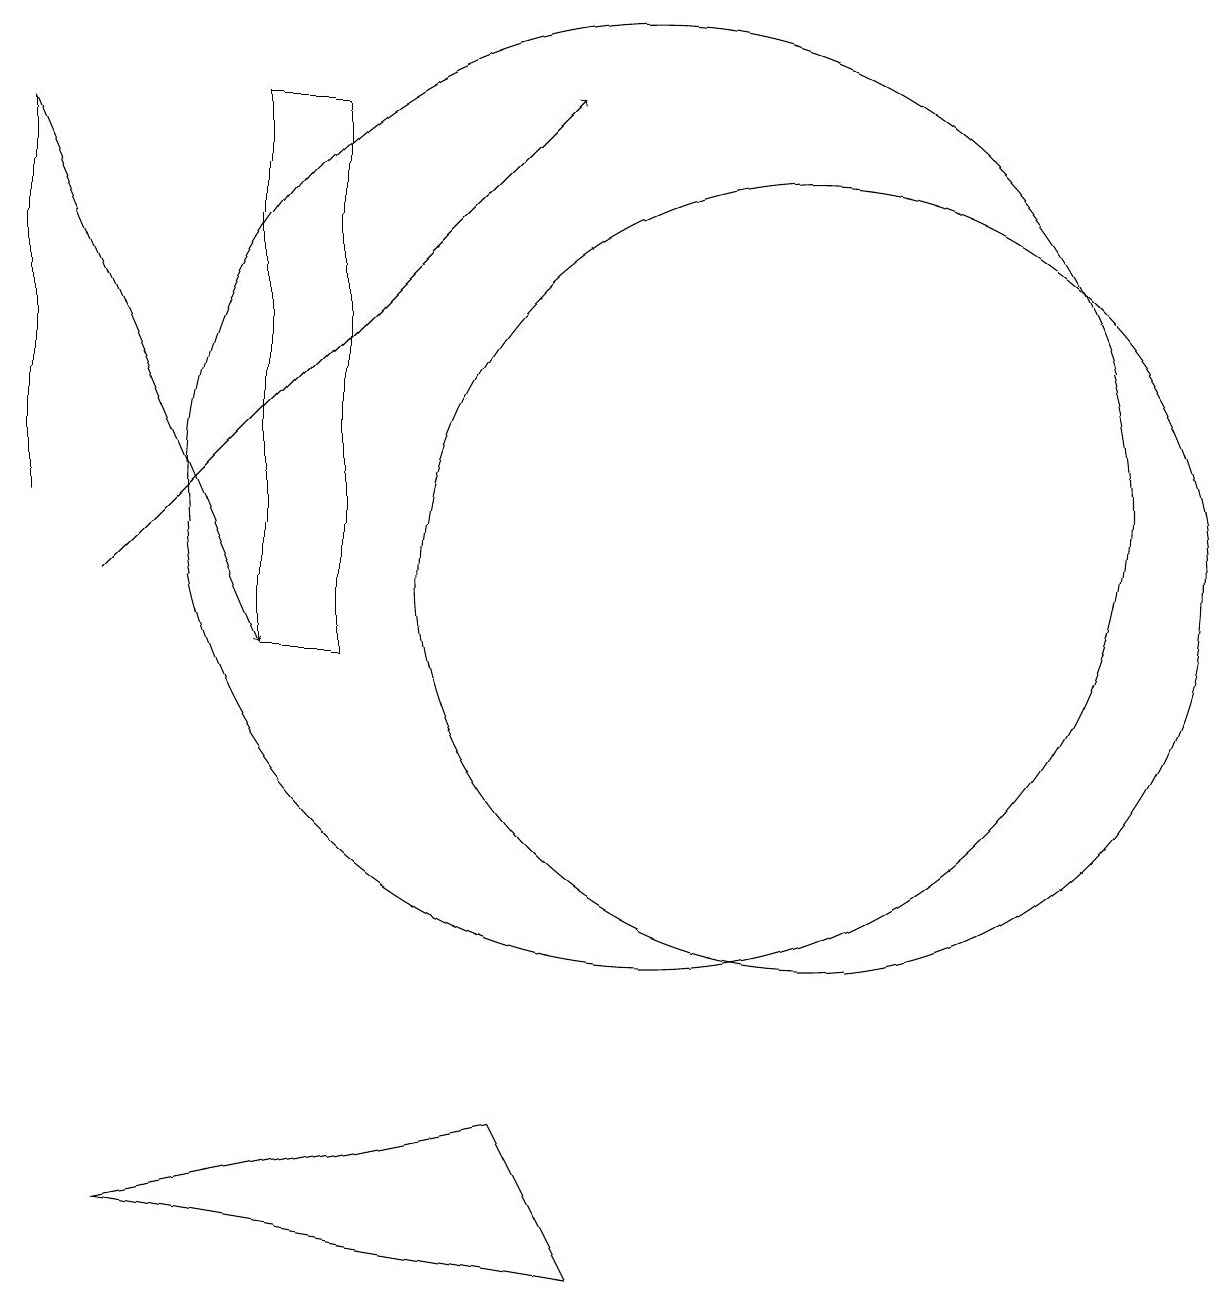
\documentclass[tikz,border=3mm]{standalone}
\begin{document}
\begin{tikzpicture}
\draw[->] (3,11) -- (9,17);
\draw (8,4) -- (3,3) -- (9,2) -- cycle;
\draw (2,17) rectangle (2,12);
\draw[->] (2,17) -- (5,10);
\draw (12,11) circle (5);
\draw (10,12) circle (6);
\draw (5,17) rectangle (6,10);
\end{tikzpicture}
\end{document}